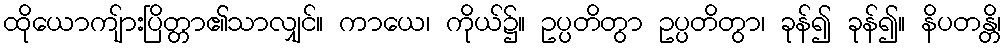
ထိုယောကျ်ားပြိတ္တာ၏သာလျှင်။ ကာယေ၊ ကိုယ်၌။ ဥပ္ပတိတွာ ဥပ္ပတိတွာ၊ ခုန်၍ ခုန်၍။ နိပတန္တိ၊